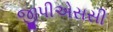
જીપીએસસી